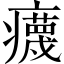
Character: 𤻻